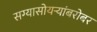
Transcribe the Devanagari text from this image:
सग्यासोयर्‍यांबरोबर